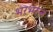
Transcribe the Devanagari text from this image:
भरभरुन